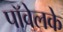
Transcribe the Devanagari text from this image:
पॉवेलके